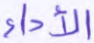
الأداء